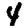
Digit: 4